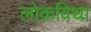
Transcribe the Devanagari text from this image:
लोकविधा